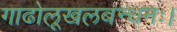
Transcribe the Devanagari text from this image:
गाढोलूखलबन्धनः।